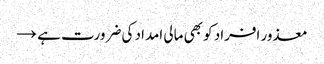
معذور افراد کو بھی مالی امداد کی ضرورت ہے →